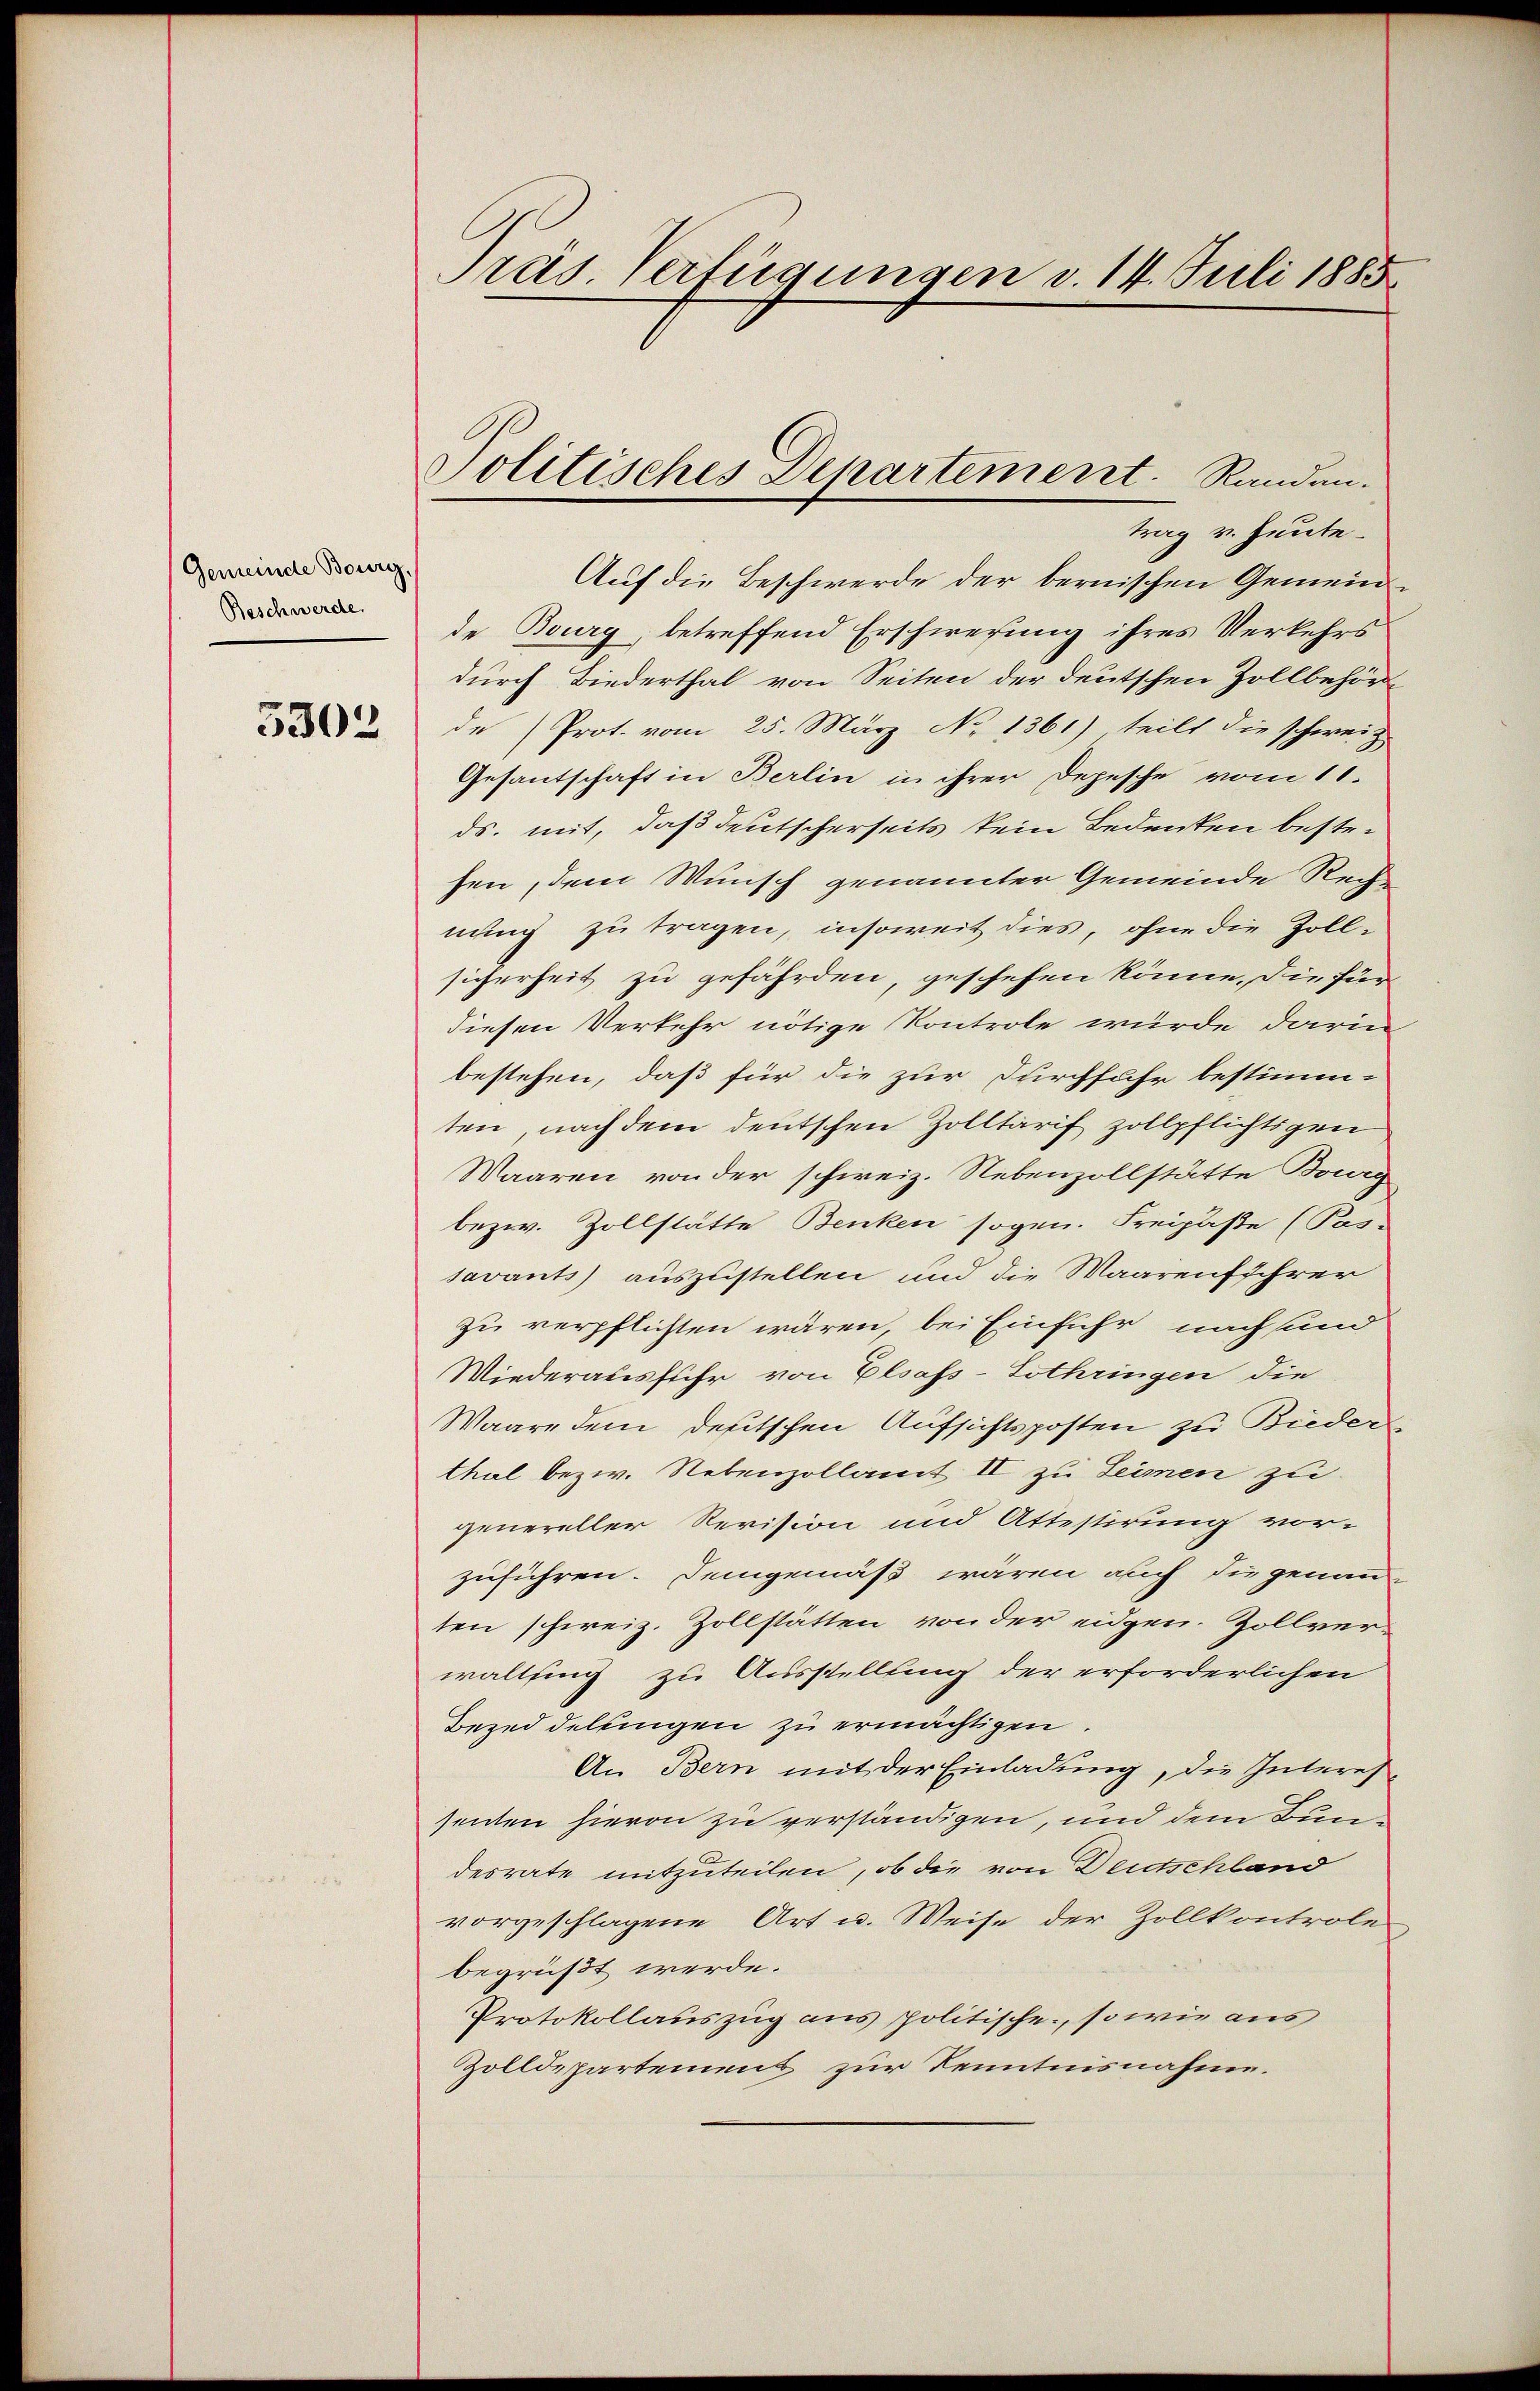
Gemeinde Bourg,
Beschwerde.

5303

Präs. Verfügungen v. 14. Juli 1885

Politisches Departement. Randen.
trag v. Heute.

Auf die Beschwerde der bernischen Gemeindde Bourg, betreffend Erschwerung ihres Verkehrs
durch Biederthal von Seiten der deutschen Zollbehörde (Prot. vom 25. März No 1361) teilt die schweiz
Gesantschaft in Berlin in ihrer Depesche vom 11.
ds. mit, daß deutscherseits kein Bedeuten bestefen, dem Wunsch genannter Gemeinde Rechnung zu tragen, insoweit dies, ohne die Zoll-
sicherheit zu gefährden, geschehen könne, die fürdiesen Verkehr nötige Kontrole würde darin
bestehen, daß für die zur Durchfahr bestimm-
ten, nach dem deutschen Zolltarif zollpflichtigen
Waaren von der schweiz. Nebenzollstätte Bourg
bezw. Zollstätte Benken sogen. Freipäße (Pas
savants auszustellen und die Maarenführer
zu verpflichten wären, bei Einfuhr nachsund
Wiederausfuhr von Elsass-Lothringen die
Waare dem deutschen Aufsichtsposten zu Bieder
thal bezw. Nebenzollamt II zu Leimen zu
genereller Revision und Attestirung vor-
zuführen. Demgemäß wären auch die genau-
ten schweiz. Zollstätten von der eidgen. Zollver-
waltsing zu Ausstellung der erforderlichen
Bezei dellingen zu ermächtigen.
An Bern mit der Einladung, die Interessenten hievon zu verständigen, und dem Bundesrate mitzuteilen, ob die von Deutschland
vorgeschlagene Art u. Weise der Zollkontrole
begrüßt werde.
Protokollauszug aus politische, sowie aus
Zolldepartemens zur Kenntnisnahme.